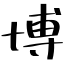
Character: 博